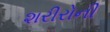
શરીરોની